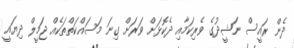
ދެން ރައީސް ނަޝީދުގެ ވެރިކަމާއި ދެކޮޅަށް ވަރަށް ގިނަ މަސައްކަތްތަކެއް ޖަމީލް ދިޔައީ